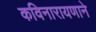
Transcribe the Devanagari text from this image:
कविनारायणाने